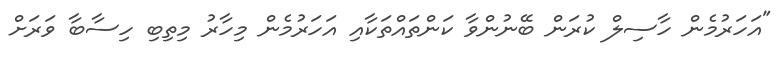
"އަހަރުމެން ހާސިލް ކުރަން ބޭނުންވާ ކަންތައްތަކާއި އަހަރުމެން މިހާރު މިތިބި ހިސާބާ ވަރަށް